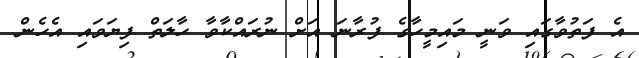
އެ ފަތުވާގައި ވަނީ މައިމީހާގެ ފުރާނަ އަށް ނުރައްކާވާ ހާލަތް ފިޔަވައި އެހެން